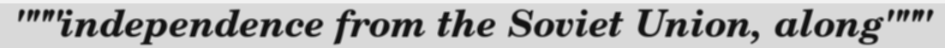
"""independence from the Soviet Union, along"""